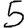
Digit: 5